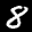
Label: 8